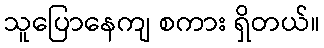
သူပြောနေကျ စကား ရှိတယ်။